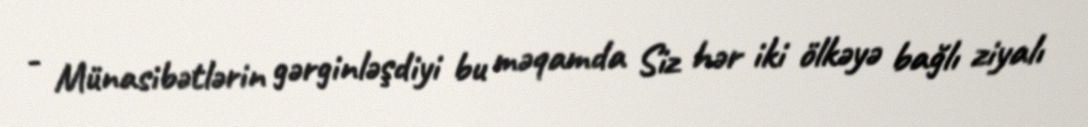
- Münasibətlərin gərginləşdiyi bu məqamda Siz hər iki ölkəyə bağlı ziyalı